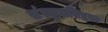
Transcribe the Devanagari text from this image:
संस्कृतनिष्ठता